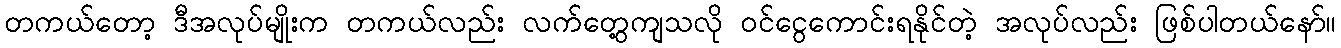
တကယ်တော့ ဒီအလုပ်မျိုးက တကယ်လည်း လက်တွေ့ကျသလို ဝင်ငွေကောင်းရနိုင်တဲ့ အလုပ်လည်း ဖြစ်ပါတယ်နော်။